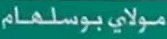
مولاي_بوسلهام